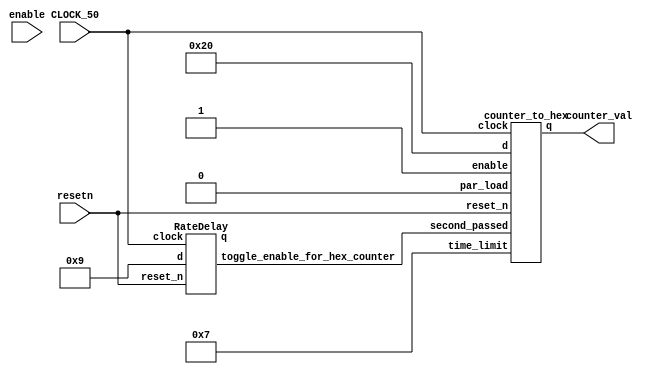
module rate_divider(resetn, counter_val, CLOCK_50, enable);
input resetn;
input CLOCK_50;
input enable;
output[5:0] counter_val;
wire [27:0] delay_value;
wire [5:0]output_of_counter;
wire toggle_enable_for_hex_counter;
wire[27:0] period_val;
//1011111010111100001000000000 is 200 000 000
//101111101011110000100000000 is 100 000 000
//10111110101111000010000000 is 50 000 000
//assign period_val = 28'b10111110101111000010000000;//one second
assign period_val = 28'b0000000000000000000000001001;//9, for testing purposes, 9 clock cycles
//hexdecoder h0(
//	.A(output_of_counter[3]),
//	.B(output_of_counter[2]),
//	.C(output_of_counter[1]),
//	.D(output_of_counter[0]),
//	.hex0(HEX0[0]),
//	.hex1(HEX0[1]),
//	.hex2(HEX0[2]),
//	.hex3(HEX0[3]),
//	.hex4(HEX0[4]),
//	.hex5(HEX0[5]),
//	.hex6(HEX0[6])
//);

RateDelay r1(
	.d(period_val),//value of the period, which is one second
	.clock(CLOCK_50),
	.reset_n(resetn),
	.q(delay_value),//Not really used, since I used the toggle_enable to see when to increment
	.toggle_enable_for_hex_counter(toggle_enable_for_hex_counter)
	
);

counter_to_hex c1(
	.d(6'b100000),//What we should load, i.e. 32 seconds which is the period
	.clock(CLOCK_50),
	.reset_n(resetn),
	.par_load(1'b0),//If we should load a new value or not...eventually need to turn this to 1 whenever a new round starts
	.second_passed(toggle_enable_for_hex_counter),//Rate delay enables this every 1 second
	.time_limit(6'b000111), //Hangman's time limit...rn it is 5 seconds
	.enable(1'b1),//To enable this counter, e.g. when the game started being played
	.q(output_of_counter)
);
assign counter_val[5:0] = output_of_counter[5:0];
//assign LEDR[8:4] = 5'b00000;
//assign LEDR[9] = toggle_enable_for_hex_counter;
//assign LEDR[3:0] = output_of_counter;

endmodule


module counter_to_hex(d, clock, reset_n, par_load, enable, time_limit, second_passed, q);
	input[5:0] d;//what to assign the counter to,, if par_load is high
	input clock;//timekeeping
	input reset_n;//to determine if we should reset q
	input par_load;//to determine whether we should load a new value or not
	input second_passed;//to enable this counter to increase
	input [5:0] time_limit;
	input enable;
	//1011111010111100001000000000 is 200 000 000
	//101111101011110000100000000 is 100 000 000
	//10111110101111000010000000 is 50 000 000
	output reg[5:0] q;
	
	always @(posedge clock)//does stuff if enable and clock is up
	begin
	//q <= 4'b0000;
	if (reset_n == 1'b0)
				q <= time_limit;
	else if (enable == 1'b1)
		begin
			if (par_load == 1'b1)
				q <= d;
			else if (second_passed == 1'b1)
				begin
					if (q == 6'b000000)
						q <= time_limit;
					else
						q <= q - 6'b000001;
				end
		end
	end

endmodule

module RateDelay(d, clock, reset_n, q, toggle_enable_for_hex_counter);
	input[27:0] d;//what to assign the counter to,, if par_load is high
	input clock;//timekeeping
	input reset_n;//to determine if we should reset q
	output reg [27:0]q;
	output reg toggle_enable_for_hex_counter;
	//assign q = 1'b0;
	
	always @(posedge clock)
	begin
		if (reset_n == 1'b0)//If we want to reset the countdown to zero
			begin
				q <= 28'b0000000000000000000000000000;
				toggle_enable_for_hex_counter <= 1'b0;
			end
		else
			//q <= 28'b0000000000000000000000000000;
			begin
				if (q == d)//If we have reached the max period
					begin
						q <= 28'b0000000000000000000000000000;
						toggle_enable_for_hex_counter <= 1'b1;
					end
				else //otherwise add one
					begin
						q <= q + 1'b1;
						toggle_enable_for_hex_counter <= 1'b0;
					end
			end
	end
	
	
endmodule
//
//module hexdecoder(A,B,C,D, hex0, hex1, hex2, hex3, hex4, hex5, hex6);
//	input A, B, C, D;
//	output hex0, hex1, hex2, hex3, hex4, hex5, hex6;
//	assign hex0 =  ~A & ~B & ~C & D |
//	~A & B & ~C & ~D |
//	A & ~B & C & D |
//	A & B & ~C & D;
//	assign hex1 = ~A & B & ~C & D |
//	A & C & D |
//	B & C & ~D |
//	A & B & ~D;
//
//	assign hex2 = A & B & ~D |
//	~A & ~B & C & ~D |
//	A & B & C;
//	assign hex3 = ~A & B & ~C & ~D |
//	~A & ~B & ~C & D |
//	A & ~B & ~C & D |
//	B & C & D |
//	A & ~B & C & ~D;
//	assign hex4 = ~A & B & ~C |
//	~A & D |
//	~B & ~C & D;
//	assign hex5 = A & B & ~C & D |
//	~A & ~B & D |
//	~A & C & D |
//	~A & ~B & C;
//	assign hex6 = ~A & ~B & ~C|
//	~A & B & C & D |
//	A & B & ~C & ~D;
//
//	
//	
//endmodule